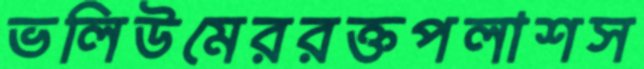
ভলিউমেররক্তপলাশস